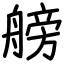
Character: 艕